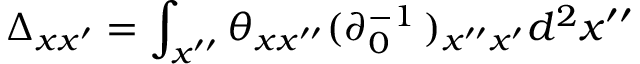
\Delta _ { x x ^ { \prime } } = \int _ { x ^ { \prime \prime } } \theta _ { x x ^ { \prime \prime } } ( \partial _ { 0 } ^ { - 1 } \, ) _ { x ^ { \prime \prime } x ^ { \prime } } d ^ { 2 } x ^ { \prime \prime }